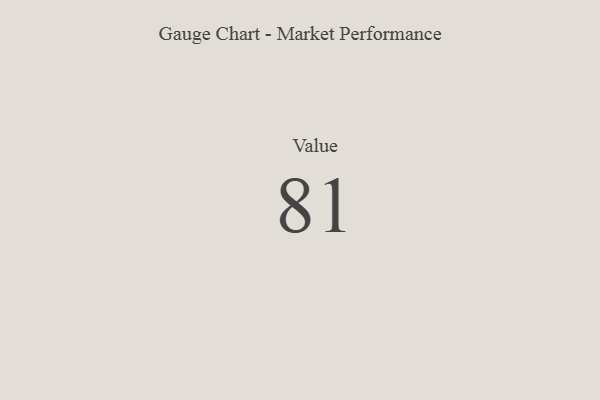
{"axis": {"x": "Metric", "y": "Value"}, "legend": [""], "data": [{"x": "Value", "y": 81, "type": ""}]}